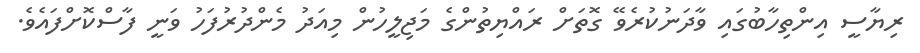
ރިޔާސީ އިންތިހާބުގައި ވާދަނުކުރެވޭ ގޮތަށް ރައްޔިތުންގެ މަޖިލީހުން މިއަދު މެންދުރުފަހު ވަނީ ފާސްކޮށްފައެވެ.